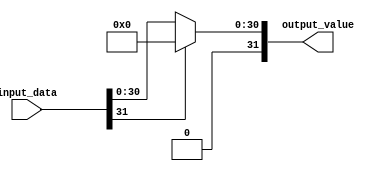
module relu
(
  input [31:0] input_data,
  output [31:0] output_value
);
assign output_value = (input_data[31]==1'b1)?32'b0:input_data;
endmodule